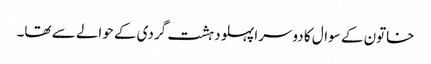
خاتون کے سوال کا دوسرا پہلو دہشت گردی کے حوالے سے تھا۔